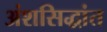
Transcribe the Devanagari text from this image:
अंशसिद्धांत